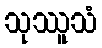
သုဿူသံ